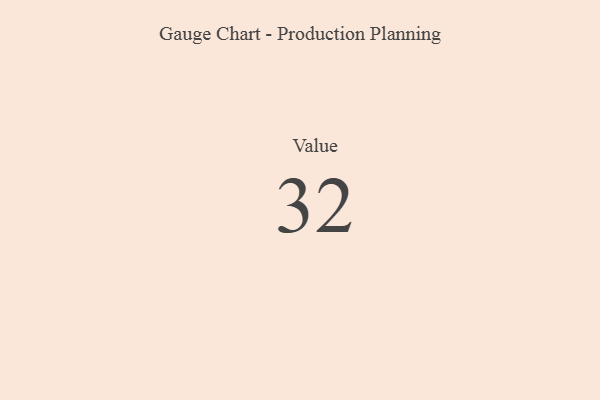
{"axis": {"x": "Metric", "y": "Value"}, "legend": [""], "data": [{"x": "Value", "y": 32, "type": ""}]}